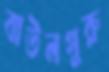
বাউলগুরু